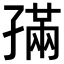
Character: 𡦖